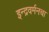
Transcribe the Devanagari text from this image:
इन्द्रवर्मनचा